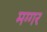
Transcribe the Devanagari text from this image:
मग्गर